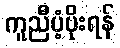
ကူညီပံ့ပိုးရန်